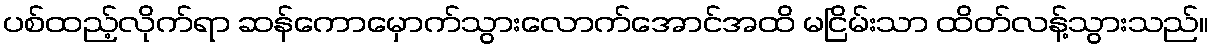
ပစ်ထည့်လိုက်ရာ ဆန်ကောမှောက်သွားလောက်အောင်အထိ မငြိမ်းသာ ထိတ်လန့်သွားသည်။